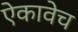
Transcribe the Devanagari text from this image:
ऐकावेच